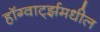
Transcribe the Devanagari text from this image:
हॉग्वार्ट्झमधील